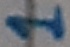
Text: 1